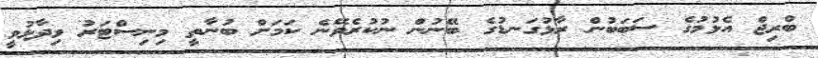
ބްރިޖް އެޅުމުގެ ސަބަބުން ރާޅުގަނޑުގެ ބޭނުން ނުކުރެވޭނެ ކަމަށް ބުނާތީ މިނިސްޓަރު ވިދާޅުވީ